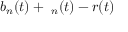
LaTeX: b _ { n } ( t ) + \mathbf { \delta } _ { n } ( t ) - r ( t )